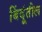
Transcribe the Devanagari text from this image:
बिंदूंतील